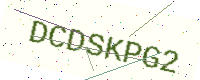
Text: DCDSKPG2